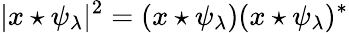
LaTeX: |x\star\psi_{\lambda}|^{2}=(x\star\psi_{\lambda})(x\star\psi_{\lambda})^{*}